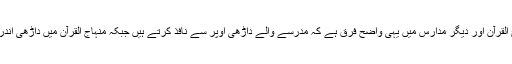
میرے خیال میں منھاج القرآن اور دیگر مدارس میں یہی واضح فرق ہے کہ مدرسے والے داڑھی اوپر سے نافذ کرتے ہیں جبکہ منہاج القرآن میں داڑھی اندر سے اگائی جاتی ہے ۔